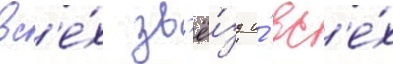
вс'е́х зв'ё́зд и́ вс'е́х